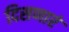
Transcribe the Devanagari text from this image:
दिसणारं